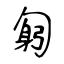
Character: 匑